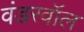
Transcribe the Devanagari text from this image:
वंडरवॉल